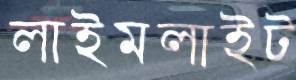
লাইমলাইট